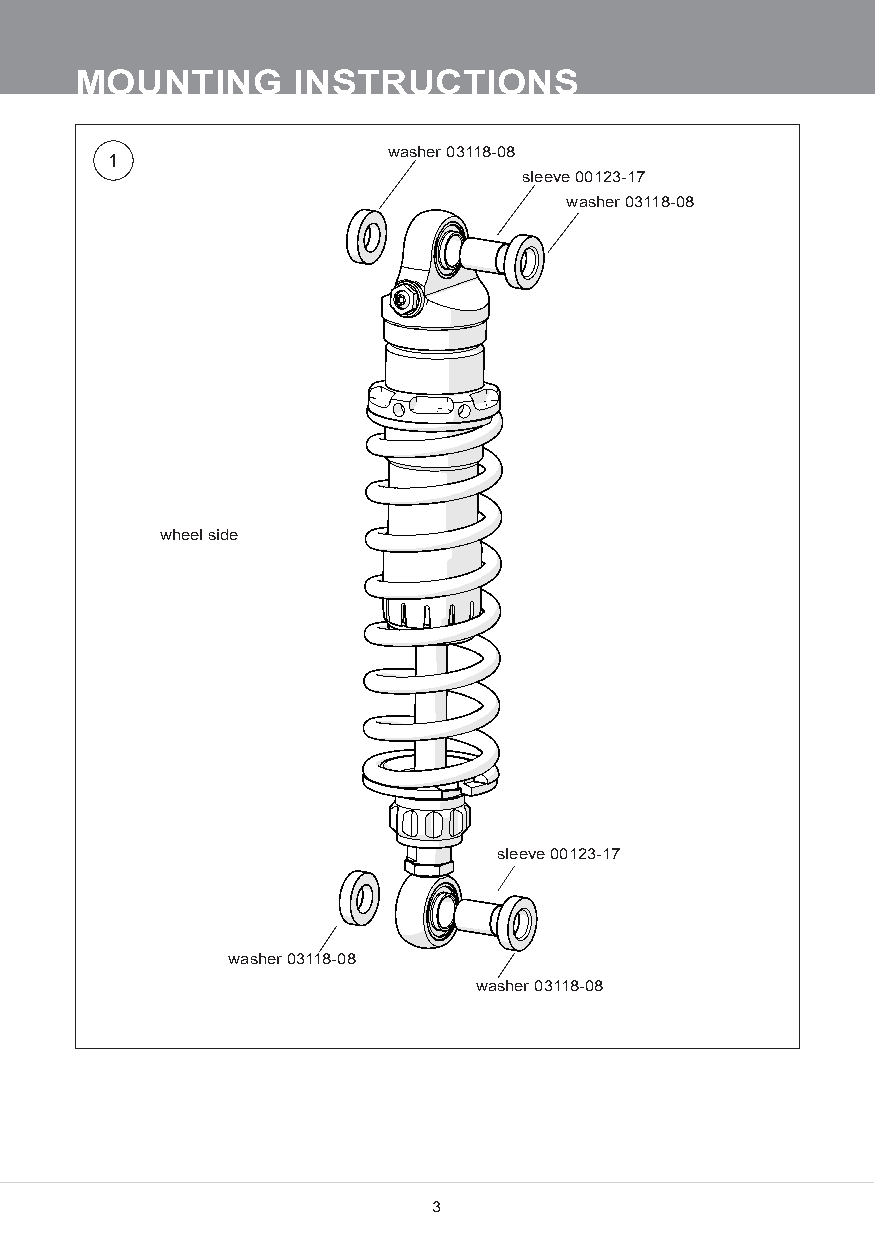
MOU     TI  G I  STRUCTIO      S
 washer 03118-08
 1
 sleeve 00123-17
 washer 03118-08
 wheel side
 sleeve 00123-17
 washer 03118-08
 washer 03118-08
 3